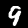
Digit: 9